Scottish Leaving Certificate Examination, 1960
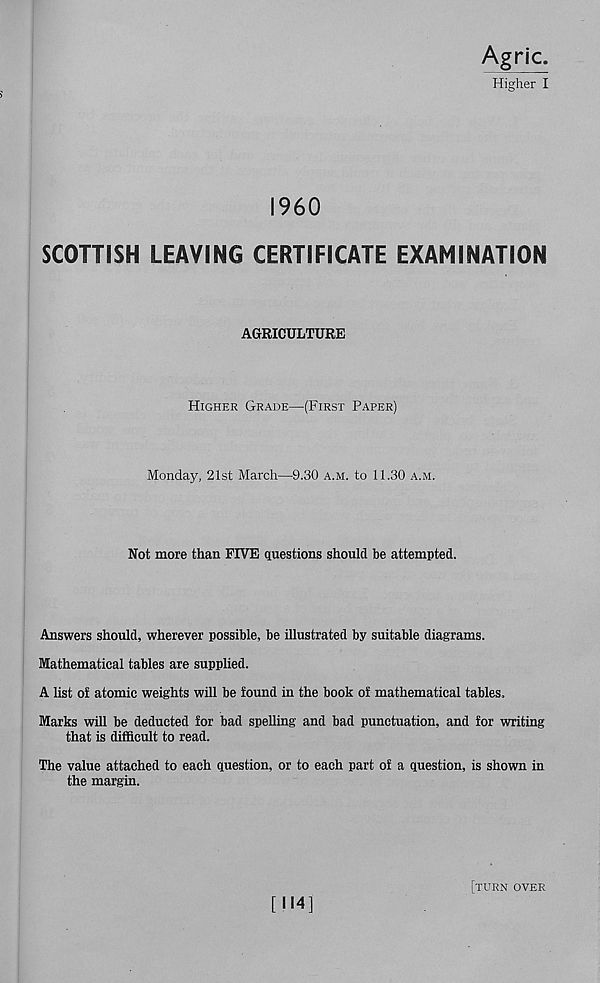
Agric.
Higher I
I960
SCOTTISH LEAVING CERTIFICATE EXAMINATION
AGRICULTURE
Higher Grade—(First Paper)
Monday, 21st March—9.30 a.m. to 11.30 a.m.
Not more than FIVE questions should be attempted.
Answers should, wherever possible, be illustrated by suitable diagrams.
Mathematical tables are supplied.
A list of atomic weights will be found in the book of mathematical tables.
Marks will be deducted for bad spelling and bad punctuation, and for writing
that is difficult to read.
The value attached to each question, or to each part of a question, is shown in
the margin.
[114]
[turn over